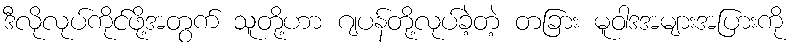
ဒီလိုလုပ်ကိုင်ဖို့အတွက် သူတို့ဟာ ဂျပန်တို့လုပ်ခဲ့တဲ့ တခြား မူဝါဒအများအပြားကို